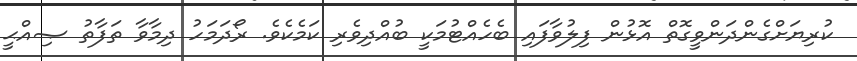
ކުރިޔަށްގެންދަންވީގޮތް އޮޅުން ފިލުވާފައި ބެހެއްޓުމަކީ ބުއްދިވެރި ކަމެކެވެ. ރޯދަމަހު ދިމާވާ ތަފާތު ޞިއްޙީ